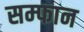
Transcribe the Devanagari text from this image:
सम्फान